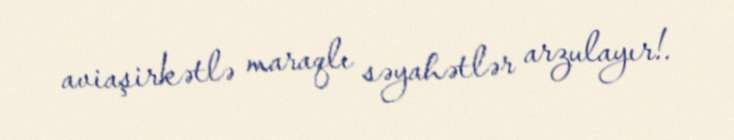
aviaşirkətlə maraqlı səyahətlər arzulayır!.